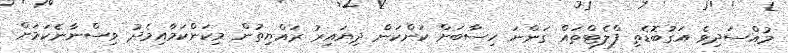
މުއްސަދިވެ އަގުބޮޑެތި ފްލެޓްތައް ގަންނަ ހިސާބަށް ކަންކަން ދިޔައިރު ރައްޔިތުން މިކަންކަމާއިމެދު ވިސްނާނެކަމަށް